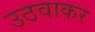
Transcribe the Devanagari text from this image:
उठवाकर